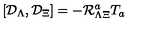
\left[ { \cal D } _ { \Lambda } , { \cal D } _ { \Xi } \right] = - { \cal R } _ { \Lambda \Xi } ^ { a } T _ { a }